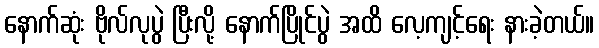
နောက်ဆုံး ဗိုလ်လုပွဲ ပြီးလို့ နောက်ပြိုင်ပွဲ အထိ လေ့ကျင့်ရေး နားခဲ့တယ်။